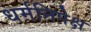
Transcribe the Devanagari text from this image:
धर्मनिपेक्ष